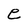
Character: e